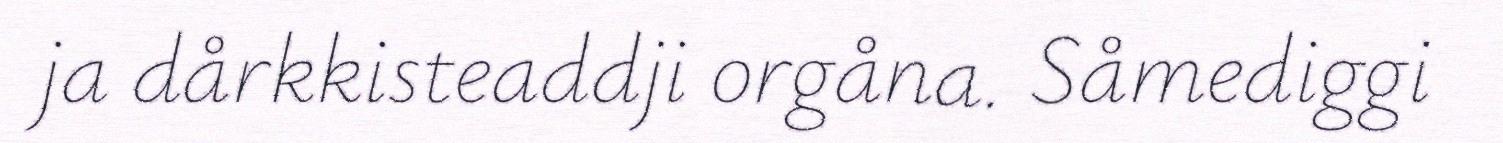
ja dårkkisteaddji orgåna. Såmediggi